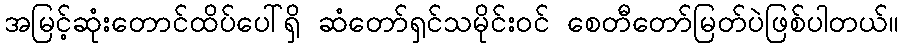
အမြင့်ဆုံးတောင်ထိပ်ပေါ်ရှိ ဆံတော်ရှင်သမိုင်းဝင် စေတီတော်မြတ်ပဲဖြစ်ပါတယ်။